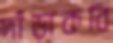
দাঁড়াকবি